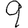
Digit: 9